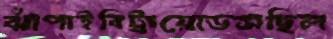
ঝাঁপাইবিট্রায়োডসছিল